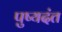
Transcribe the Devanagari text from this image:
पुष्यदंत